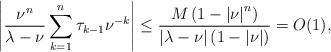
LaTeX: \begin{align*}\left\vert \frac{\nu^{n}}{\lambda-\nu}\sum_{k=1}^{n}\tau_{k-1}\nu^{-k}\right\vert \leq\frac{M\left( 1-\left\vert \nu\right\vert ^{n}\right)}{\left\vert \lambda-\nu\right\vert \left( 1-\left\vert \nu\right\vert\right) }=O(1), \end{align*}